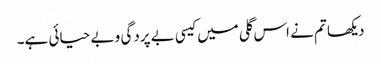
دیکھا تم نے اس گلی میں کیسی بے پردگی و بے حیائی ہے۔